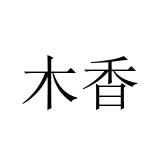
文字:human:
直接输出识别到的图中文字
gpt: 木香